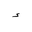
Letter: _hamza